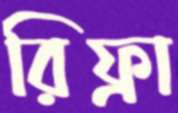
রিফ্রা